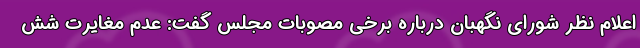
اعلام نظر شورای نگهبان درباره برخی مصوبات مجلس گفت: عدم مغایرت شش